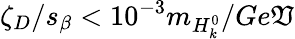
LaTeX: \zeta_{D}/s_{\beta}<10^{-3}m_{H_{k}^{0}}/Ge\mathfrak{V}